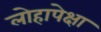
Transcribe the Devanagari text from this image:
लोहापेक्षा